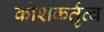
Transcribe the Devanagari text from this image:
कोशकर्तृत्व